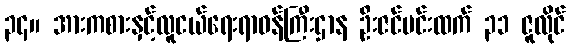
၃၄။ အားကစားနှင့်လူငယ်ရေးရာဝန်ကြီးဌာန ဦးဇင်မင်းထက် ၃၁ ဇူလိုင်